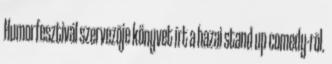
Humorfesztivál szervezõje könyvet írt a hazai stand up comedy-rõl.